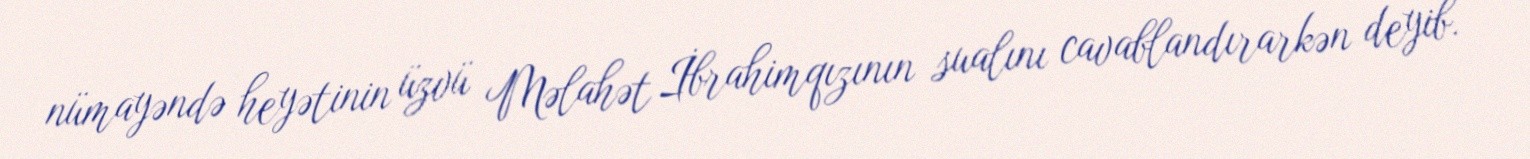
nümayəndə heyətinin üzvü Məlahət İbrahimqızının sualını cavablandırarkən deyib.